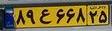
۸۹ع۶۶۸۲۵